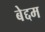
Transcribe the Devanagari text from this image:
बेद्दम